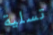
تسلية